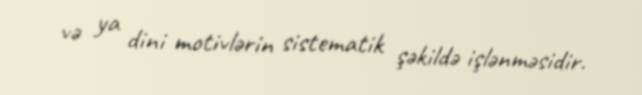
və ya dini motivlərin sistematik şəkildə işlənməsidir.